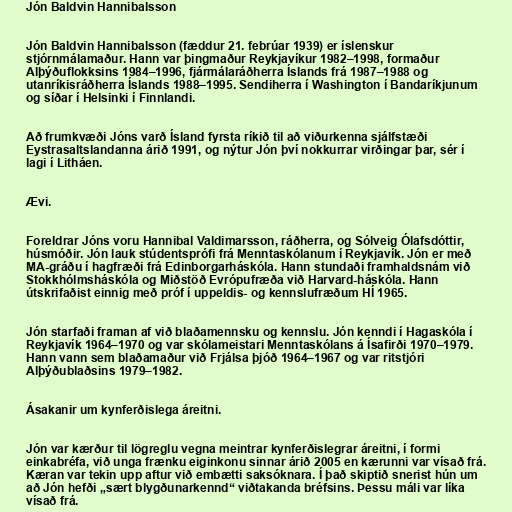
Jón Baldvin Hannibalsson

Jón Baldvin Hannibalsson (fæddur 21. febrúar 1939) er íslenskur
stjórnmálamaður. Hann var þingmaður Reykjavíkur 1982–1998, formaður
Alþýðuflokksins 1984–1996, fjármálaráðherra Íslands frá 1987–1988 og
utanríkisráðherra Íslands 1988–1995. Sendiherra í Washington í Bandaríkjunum
og síðar í Helsinki í Finnlandi.

Að frumkvæði Jóns varð Ísland fyrsta ríkið til að viðurkenna sjálfstæði
Eystrasaltslandanna árið 1991, og nýtur Jón því nokkurrar virðingar þar, sér í
lagi í Litháen.

Ævi.

Foreldrar Jóns voru Hannibal Valdimarsson, ráðherra, og Sólveig Ólafsdóttir,
húsmóðir. Jón lauk stúdentsprófi frá Menntaskólanum í Reykjavík. Jón er með
MA-gráðu í hagfræði frá Edinborgarháskóla. Hann stundaði framhaldsnám við
Stokkhólmsháskóla og Miðstöð Evrópufræða við Harvard-háskóla. Hann
útskrifaðist einnig með próf í uppeldis- og kennslufræðum HÍ 1965.

Jón starfaði framan af við blaðamennsku og kennslu. Jón kenndi í Hagaskóla í
Reykjavík 1964–1970 og var skólameistari Menntaskólans á Ísafirði 1970–1979.
Hann vann sem blaðamaður við Frjálsa þjóð 1964–1967 og var ritstjóri
Alþýðublaðsins 1979–1982.

Ásakanir um kynferðislega áreitni.

Jón var kærður til lögreglu vegna meintrar kynferðislegrar áreitni, í formi
einkabréfa, við unga frænku eiginkonu sinnar árið 2005 en kærunni var vísað frá.
Kæran var tekin upp aftur við embætti saksóknara. Í það skiptið snerist hún um
að Jón hefði „sært blygðunarkennd“ viðtakanda bréfsins. Þessu máli var líka
vísað frá.